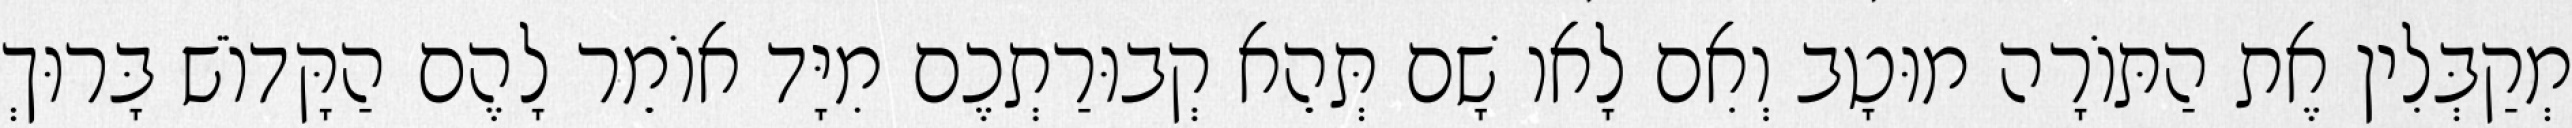
מְקַבְּלִין אֶת הַתּוֹרָה מוּטָב וְאִם לָאו שָׁם תְּהֵא קְבוּרַתְכֶם מִיָּד אוֹמֵר לָהֶם הַקָּדוֹשׁ בָּרוּךְ